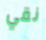
نقي